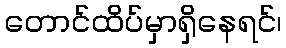
တောင်ထိပ်မှာရှိနေရင်၊